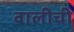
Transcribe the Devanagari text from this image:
वालीची